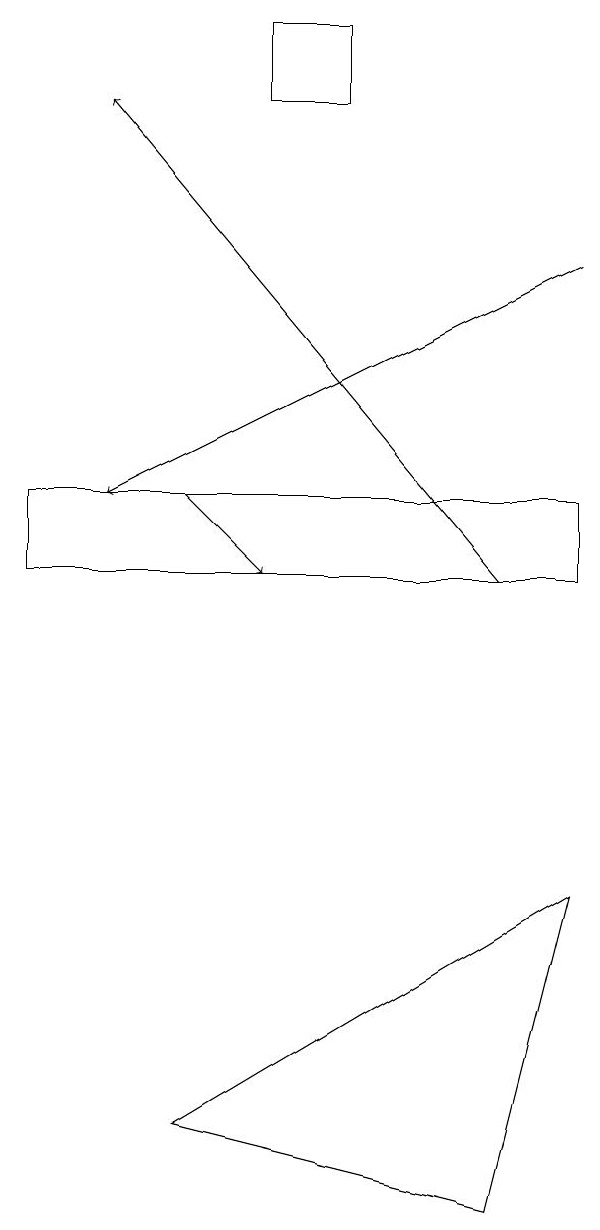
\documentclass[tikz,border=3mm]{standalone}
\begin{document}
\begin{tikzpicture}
\draw[->] (2,13) -- (3,12);
\draw[->] (7,16) -- (1,13);
\draw (4,18) rectangle (3,19);
\draw[->] (6,12) -- (1,18);
\draw (0,12) rectangle (7,13);
\draw (7,8) -- (2,5) -- (6,4) -- cycle;
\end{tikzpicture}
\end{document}